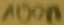
Text: 100n